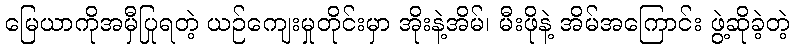
မြေယာကိုအမှီပြုရတဲ့ ယဉ်ကျေးမှုတိုင်းမှာ အိုးနဲ့အိမ်၊ မီးဖိုနဲ့ အိမ်အကြောင်း ဖွဲ့ဆိုခဲ့တဲ့